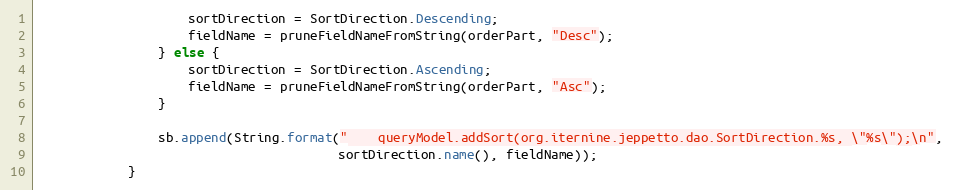
Language: Java
                    sortDirection = SortDirection.Descending;
                    fieldName = pruneFieldNameFromString(orderPart, "Desc");
                } else {
                    sortDirection = SortDirection.Ascending;
                    fieldName = pruneFieldNameFromString(orderPart, "Asc");
                }

                sb.append(String.format("    queryModel.addSort(org.iternine.jeppetto.dao.SortDirection.%s, \"%s\");\n",
                                        sortDirection.name(), fieldName));
            }